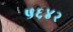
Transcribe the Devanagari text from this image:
५६४२